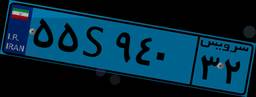
۵۵S۹۴۰۳۲